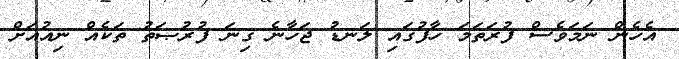
އެހެން ނަމަވެސް ފުރަތަމަ ހާފުގައި ލަނޑު ޖަހާނެ ގިނަ ފުރުޞަތު ތަކެއް ނިއުއަށް